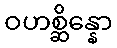
ဝဟစ္ဆိန္နော